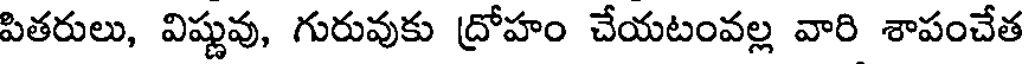
పితరులు, విష్ణువు, గురువుకు ద్రోహం చేయటంవల్ల వారి శాపంచేత